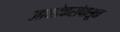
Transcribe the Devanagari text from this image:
जावडेकरांपासून